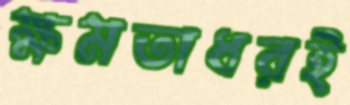
ক্ষমতাধরই